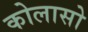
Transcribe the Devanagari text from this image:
कोलासो